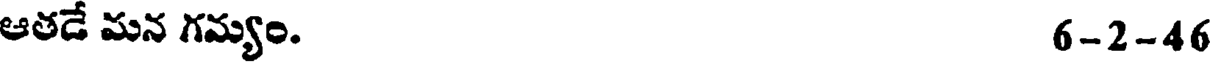
ఆతడే మన గమ్యం. 6-2-46